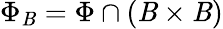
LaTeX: \Phi_{\mathit{B}}=\Phi\cap(\mathit{B}\times\mathit{B})